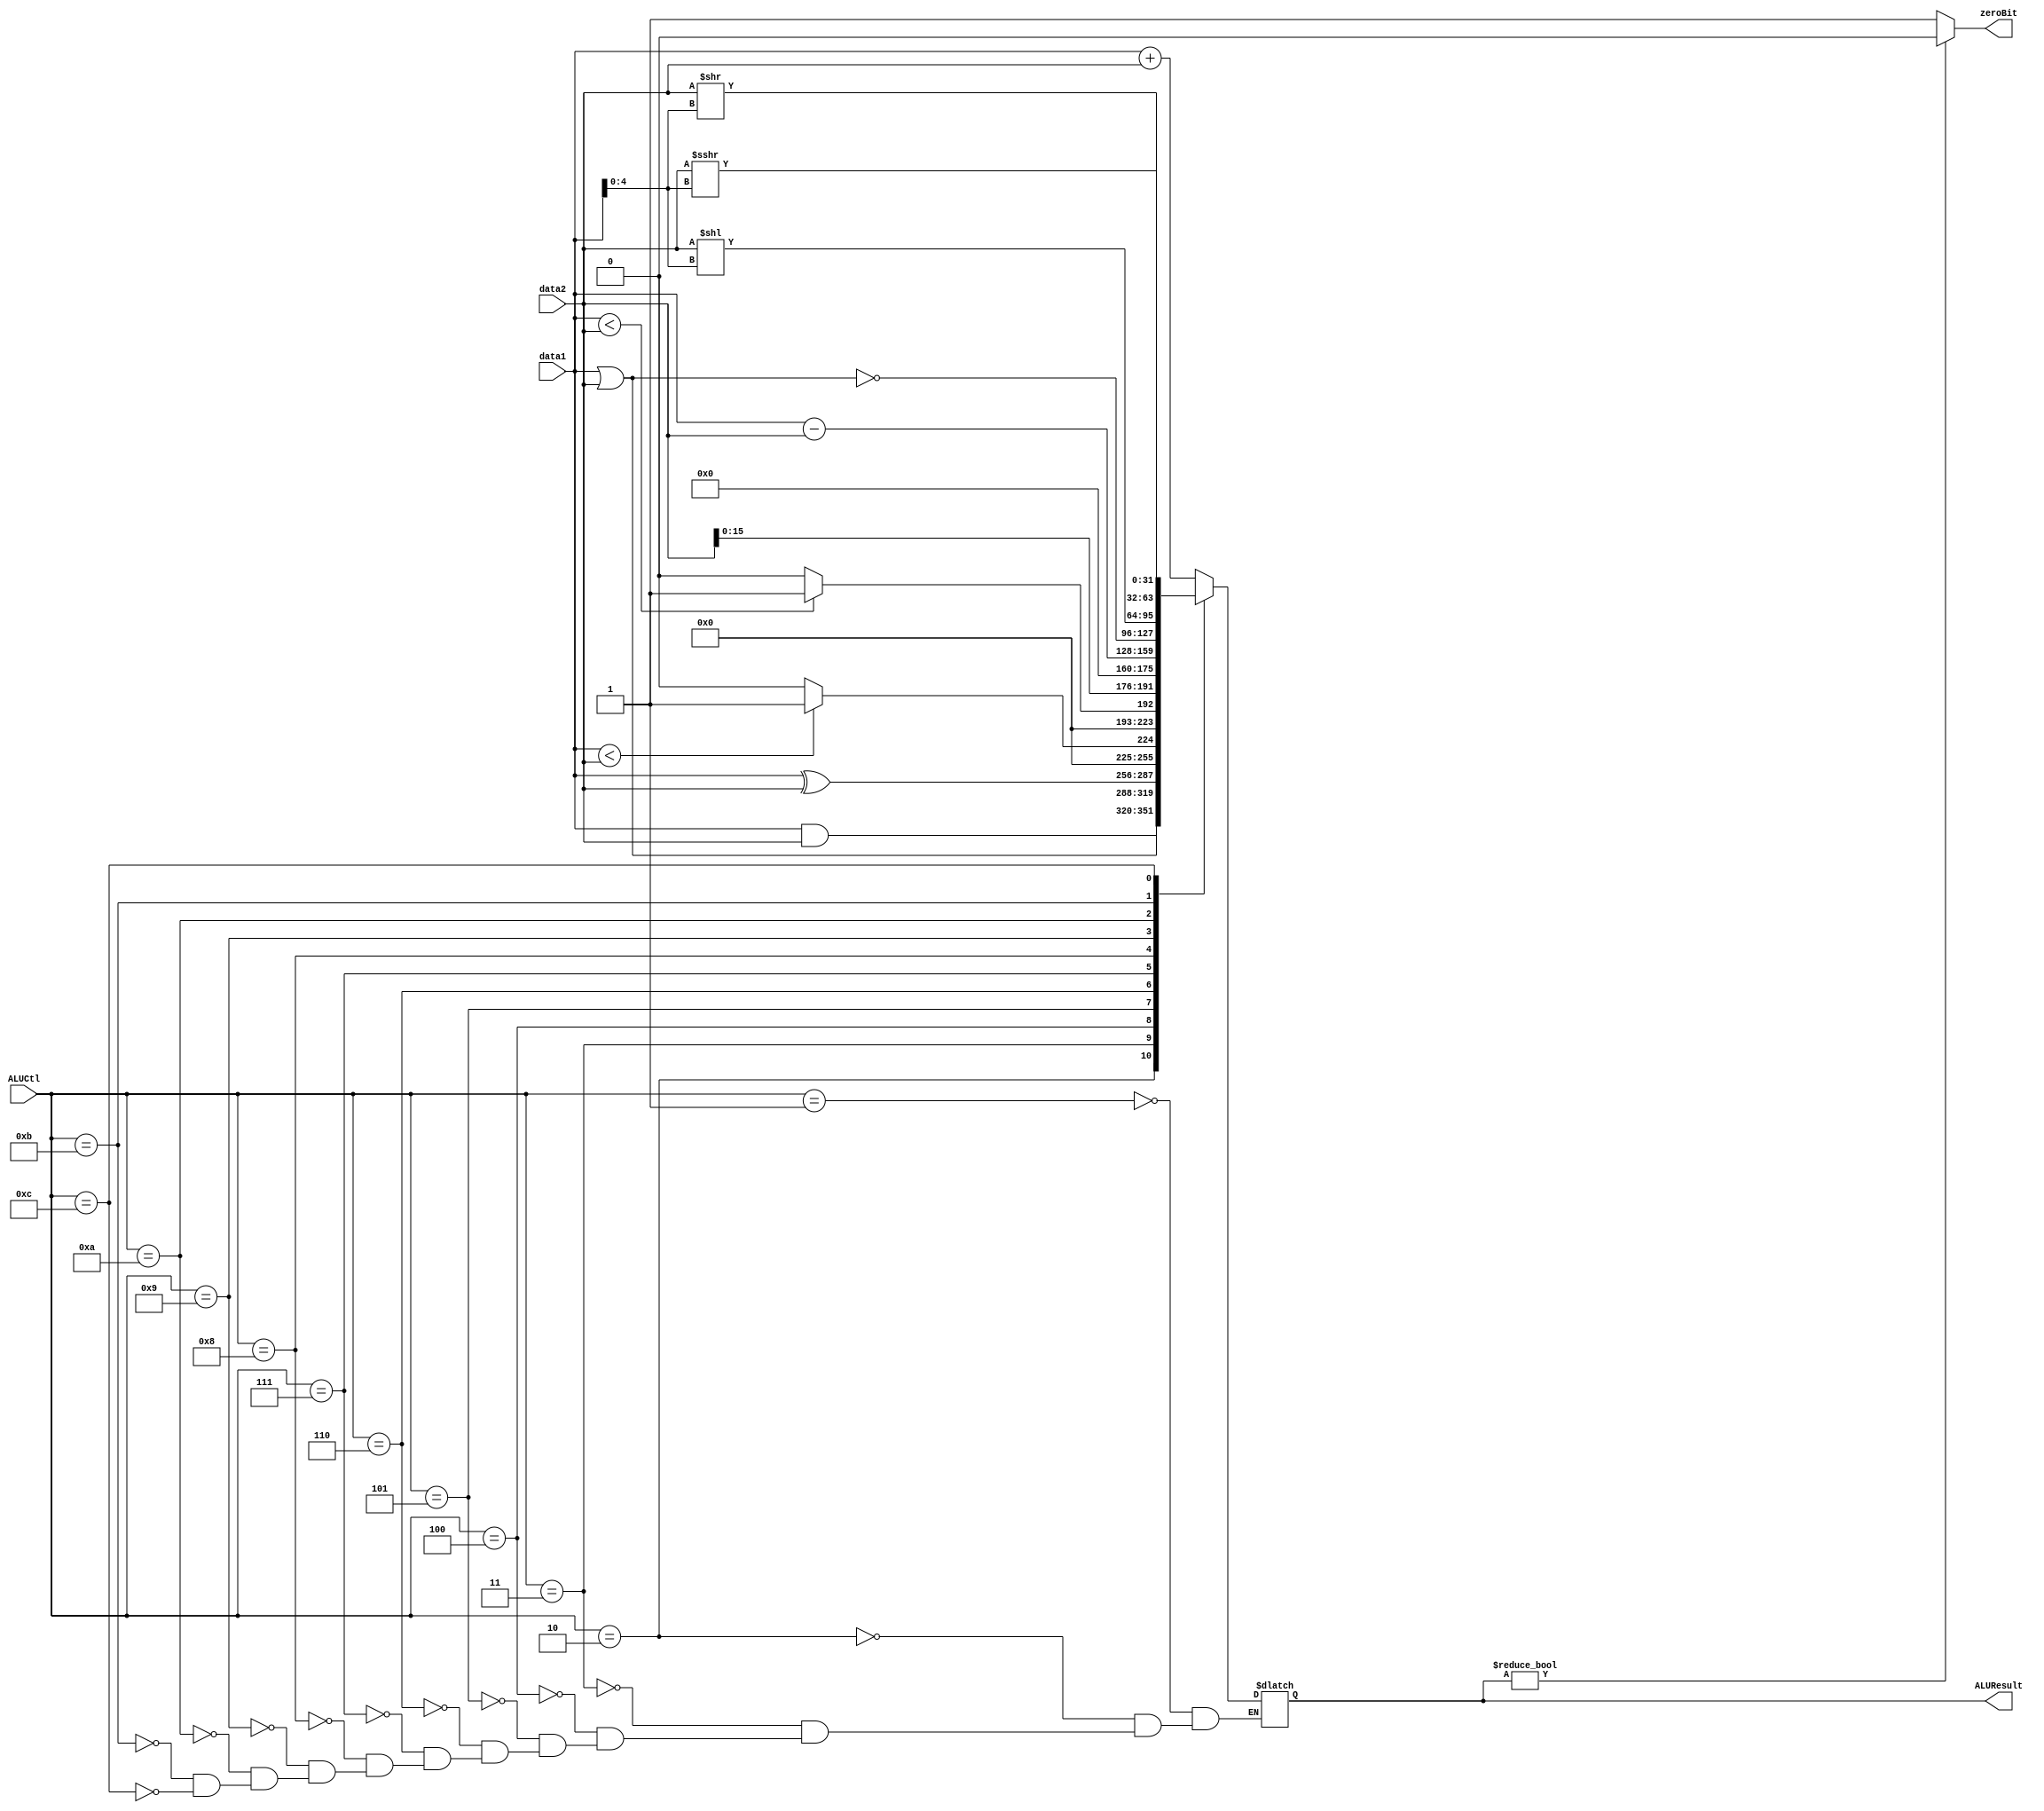
module ALU(ALUCtl,data1,data2,
  ALUResult,zeroBit);
  input[3:0] ALUCtl;
  input[31:0] data1;
  input[31:0] data2;
  output[31:0] ALUResult;
  output zeroBit;
  
  reg[31:0] ALUResult;
  
  assign zeroBit=(ALUResult)?0:1;
  always@(ALUCtl or data1 or data2)
    begin
      case(ALUCtl)
     	4'b0001:ALUResult=data1+data2;//	+
		  4'b0010:ALUResult=data1&data2;//	&
		  4'b0011:ALUResult=data1|data2;//	|
	   	4'b0100:ALUResult=data1^data2;//	xor
	 	  4'b0101:ALUResult=$signed(data1)<$signed(data2)?1:0;//	signed<signed?
		  4'b0110:ALUResult=data1<data2?1:0;//	<?
		  4'b0111:ALUResult={data2,16'b0};//{rs2,16'b0}
		  4'b1000:ALUResult=data1-data2;//	-
		  4'b1001:ALUResult=~(data1|data2);//	nor
		  4'b1010:ALUResult=data2<<data1[4:0];//	<<
		  4'b1011:ALUResult=data2>>data1[4:0];//	0>>
		  4'b1100:ALUResult=$signed(data2)>>>data1[4:0];//	rs2[31]>>
	  endcase
    end
endmodule
//has been reformed.